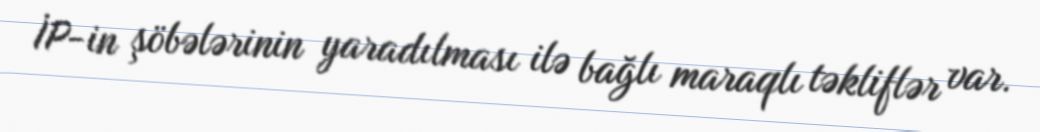
İP-in şöbələrinin yaradılması ilə bağlı maraqlı təkliflər var.